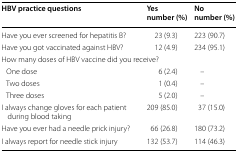
<table><thead><tr><td><b>HBV practice questions</b></td><td><b>Yesnumber (%)</b></td><td><b>Nonumber (%)</b></td></tr></thead><tbody><tr><td>Have you ever screened for hepatitis B?</td><td>23 (9.3)</td><td>223 (90.7)</td></tr><tr><td>Have you got vaccinated against HBV?</td><td>12 (4.9)</td><td>234 (95.1)</td></tr><tr><td colspan="3">How many doses of HBV vaccine did you receive?</td></tr><tr><td> One dose</td><td>6 (2.4)</td><td>–</td></tr><tr><td> Two doses</td><td>1 (0.4)</td><td>–</td></tr><tr><td> Three doses</td><td>5 (2.0)</td><td>–</td></tr><tr><td>I always change gloves for each patient during blood taking</td><td>209 (85.0)</td><td>37 (15.0)</td></tr><tr><td>Have you ever had a needle prick injury?</td><td>66 (26.8)</td><td>180 (73.2)</td></tr><tr><td>I always report for needle stick injury</td><td>132 (53.7)</td><td>114 (46.3)</td></tr></tbody></table>